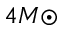
4 M { \odot }